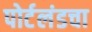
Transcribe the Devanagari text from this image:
पोर्टलंडचा